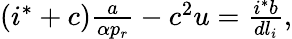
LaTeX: \begin{array}{r}{(i^{*}+c)\frac{a}{\alpha p_{r}}-c^{2}u=\frac{i^{*}b}{dl_{i}},}\end{array}